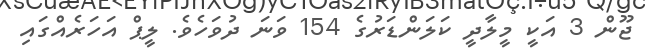
ޖޫން 3 އަކީ މީލާދީ ކަލަންޑަރުގެ 154 ވަނަ ދުވަހެވެ. ލީޕް އަހަރެއްގައި